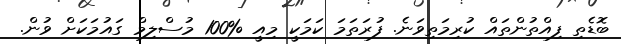
ބޮޑެތި ފިއްތުންތައް ކުރިމަތިވަނެ. ފުރަތަމަ ކަމަކީ މިއީ %100 މުސްލިމް ގައުމަކަށް ވުން.